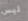
ليس